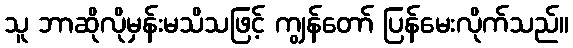
သူ ဘာဆိုလိုမှန်းမသိသဖြင့် ကျွန်တော် ပြန်မေးလိုက်သည်။